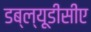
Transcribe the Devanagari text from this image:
डब्ल्यूडीसीए